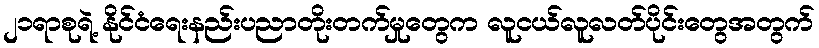
၂၁ရာစုရဲ့ နိုင်ငံရေးနည်းပညာတိုးတက်မှုတွေက လူငယ်လူလတ်ပိုင်းတွေအတွက်